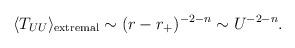
LaTeX: \begin{align*}\langle T_{UU} \rangle_{\rm extremal}\sim (r-r_+)^{-2-n} \sim U^{-2-n}.\end{align*}